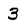
Character: 3